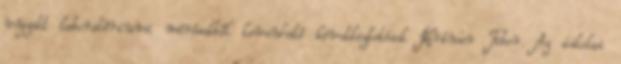
végzett laboratóriumi mérésekből levonható következtetések Krímer Tibor. Az iskolai